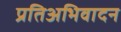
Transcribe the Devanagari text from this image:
प्रतिअभिवादन